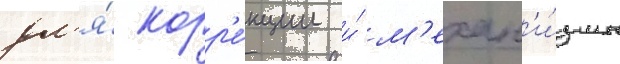
дл'я́ корр'е́кции и́ м'ехан'и́змы